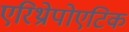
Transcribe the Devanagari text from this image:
एरिथ्रोपोएटिक